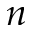
n